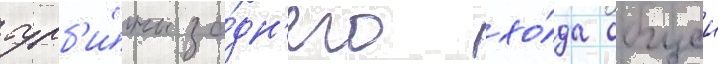
турб'и́ны за́дн'его хо́да общеи